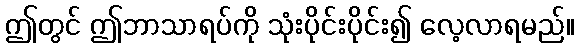
ဤတွင် ဤဘာသာရပ်ကို သုံးပိုင်းပိုင်း၍ လေ့လာရမည်။